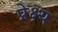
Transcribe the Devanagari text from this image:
प्रेक्ष्य